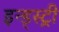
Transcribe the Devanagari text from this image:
इन्ड्स्ट्री